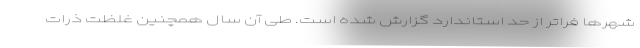
شهرها فراتر از حد استاندارد گزارش شده است. طی آن سال همچنین غلظت ذرات